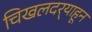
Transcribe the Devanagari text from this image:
चिखलदर्‍याहून